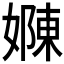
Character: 𭒜